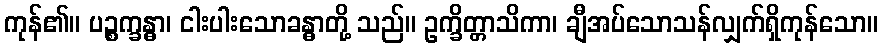
ကုန်၏။ ပဉ္စက္ခန္ဓာ၊ ငါးပါးသောခန္ဓာတို့ သည်။ ဥက္ခိတ္တာသိကာ၊ ချီအပ်သောသန်လျှက်ရှိကုန်သော။